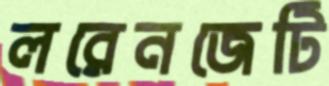
লরেনজেটি